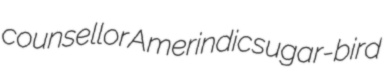
counsellor Amerindic sugar-bird